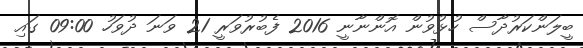
ބީލަންކަރުދާސް ހުޅުވުން އޮންނާނީ 2016 ފެބުރުވަރީ 21 ވަނަ ދުވަހު 09:00 ގައި